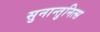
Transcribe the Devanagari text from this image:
सुनान्तुनित्स